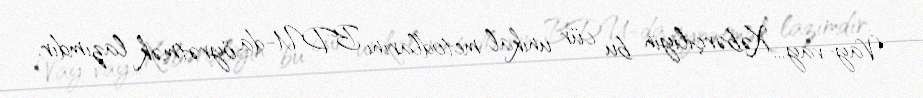
Vay-vay... Xəbərçiliyin bu cür unikal metodlarını BDU-da öyrətmək lazımdır.